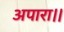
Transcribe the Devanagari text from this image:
अपारा।।